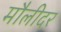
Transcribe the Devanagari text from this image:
मौलीदर